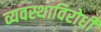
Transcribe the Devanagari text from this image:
व्यवस्थाविरोधी